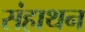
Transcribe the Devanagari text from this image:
संहाथन